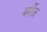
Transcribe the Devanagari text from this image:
बर्गेज